Document type: bank_statement
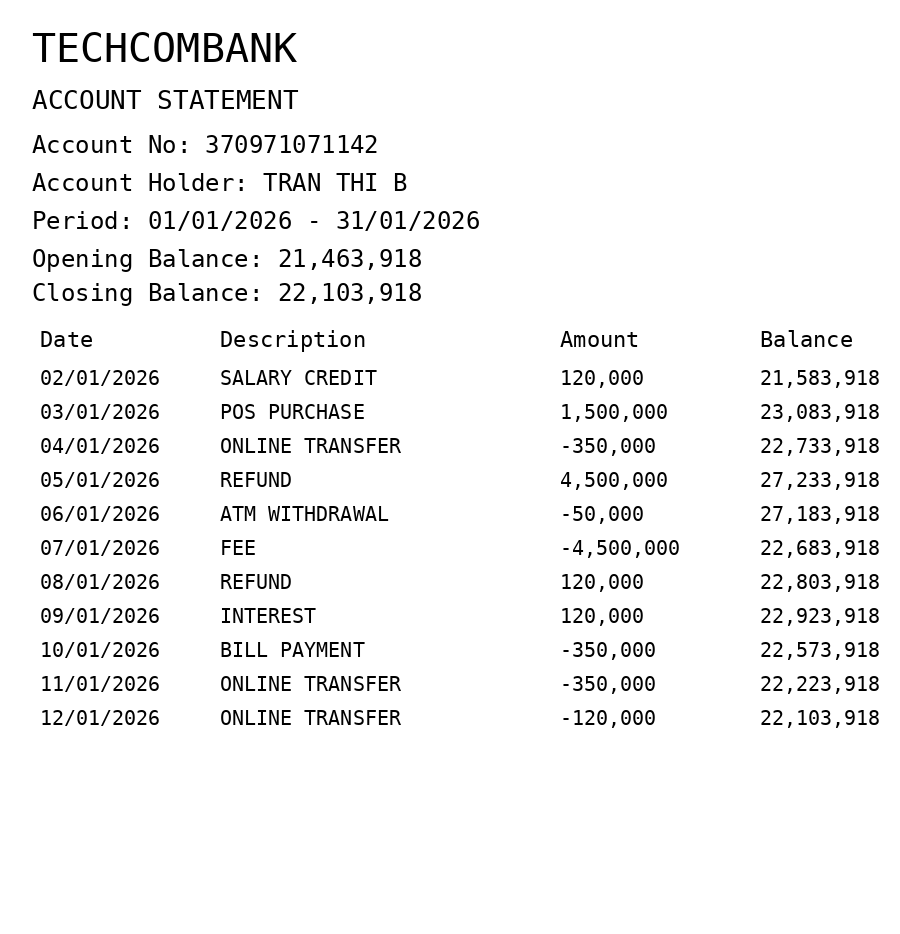
OCR transcript:
TECHCOMBANK
ACCOUNT STATEMENT
Account No: 370971071142
Account Holder: TRAN THI B
Period: 01/01/2026 - 31/01/2026
Opening Balance: 21,463,918
Closing Balance: 22,103,918
Date
Description
Amount
Balance
02/01/2026
SALARY CREDIT
120,000
21,583,918
03/01/2026
POS PURCHASE
1,500,000
23,083,918
04/01/2026
ONLINE TRANSFER
-350,000
22,733,918
05/01/2026
REFUND
4,500,000
27,233,918
06/01/2026
ATM WITHDRAWAL
-50,000
27,183,918
07/01/2026
FEE
-4,500,000
22,683,918
08/01/2026
REFUND
120,000
22,803,918
09/01/2026
INTEREST
120,000
22,923,918
10/01/2026
BILL PAYMENT
-350,000
22,573,918
11/01/2026
ONLINE TRANSFER
-350,000
22,223,918
12/01/2026
ONLINE TRANSFER
-120,000
22,103,918
Extracted fields:
bank_name: techcombank
account_number: 370971071142
account_holder: tran thi b
statement_period: 01/01/2026 - 31/01/2026
opening_balance: 21463918
closing_balance: 22103918
transactions: date: 2026-01-02
description: salary credit
amount: 120000
balance: 21583918
date: 2026-01-03
description: pos purchase
amount: 1500000
balance: 23083918
date: 2026-01-04
description: online transfer
amount: -350000
balance: 22733918
date: 2026-01-05
description: refund
amount: 4500000
balance: 27233918
date: 2026-01-06
description: atm withdrawal
amount: -50000
balance: 27183918
date: 2026-01-07
description: fee
amount: -4500000
balance: 22683918
date: 2026-01-08
description: refund
amount: 120000
balance: 22803918
date: 2026-01-09
description: interest
amount: 120000
balance: 22923918
date: 2026-01-10
description: bill payment
amount: -350000
balance: 22573918
date: 2026-01-11
description: online transfer
amount: -350000
balance: 22223918
date: 2026-01-12
description: online transfer
amount: -120000
balance: 22103918